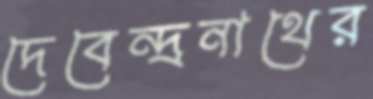
দেবেন্দ্রনাথের